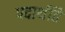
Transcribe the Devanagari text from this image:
पदार्थहि